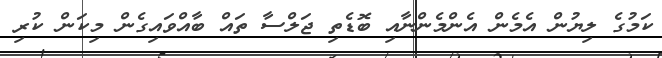
ކަމުގެ ލިޔުން އެމެން އެންމެންނާއި ބޮޑެތި ޖަލްސާ ތައް ބާއްވައިގެން މިކަން ކުރި